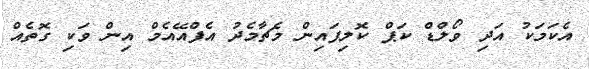
އެކަމަކު އަދި ވޯލްޑް ކަޕް ކޮލިފައިން މެޗާމެދު އެފްއޭއެމް އިން ވަކި ގޮތެއް